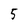
Character: 5